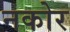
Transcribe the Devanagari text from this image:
नकोर